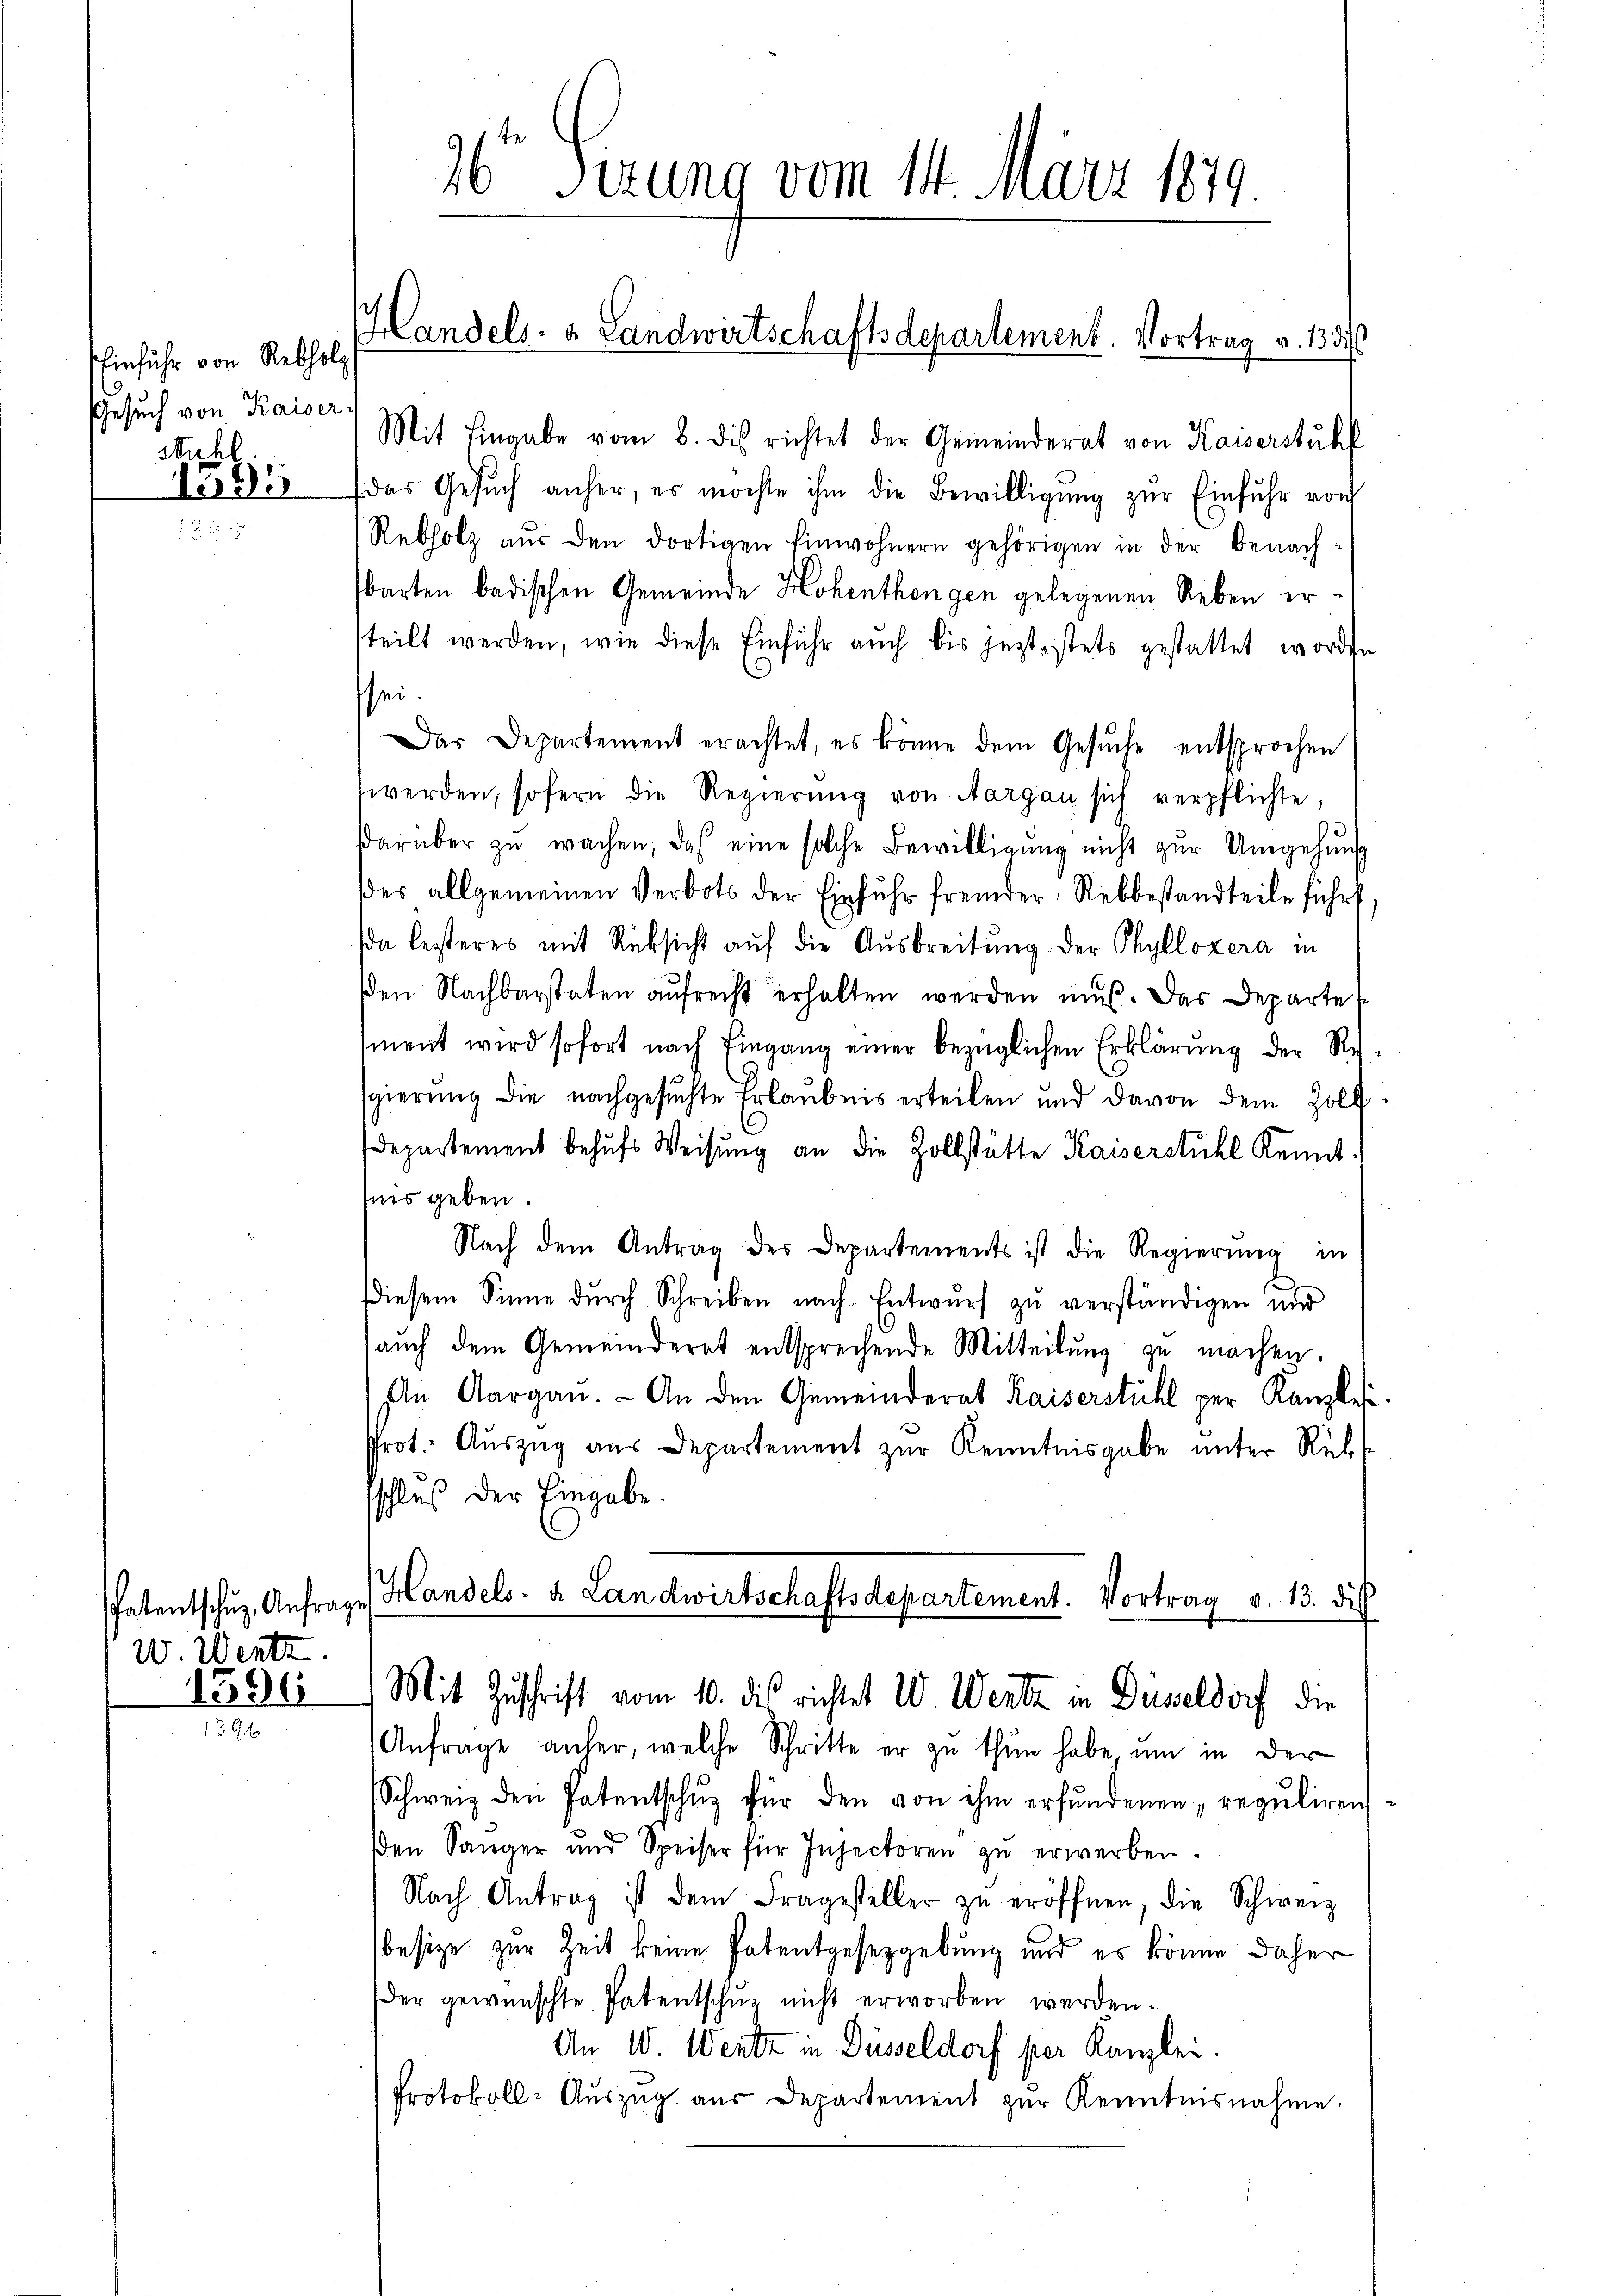
Einfuhr von Rebholz
Gesuch von Kaiser
Muhl

1395

Patentschuz, Anfrage
W. Wentz.
1596

1394

sei.

26 Sizung vom 14. März 1819.

Handels- & Landwirtschaftsdepartement. Vortrag v. 133

Mit Eingabe vom 8. dis richtet der Gemeinderat von Kaiserstuhl
das Gesŭch anher, es möchte ihm die Bewilligŭng zŭr Einfuhr von
Rebholz aŭs den dortigen Einwohnern gehörigen in der Benach-
barten badischen Gemeinde Hohenthengen gelegenen Reben erteilt werden, wie diese Einfuhr auch bis jetzt, stets gestattet worden
Der Departement erachtet, es könne dem Gesŭche entsprochen
werden, sofern die Regierŭng von Aargau sich verpflichte,
darüber zŭ wachen, daß eine solche Bewilligŭng nicht zŭr Umgehung
des allgemeinen Verbots der Einfuhr fremder Rebbestandteile führt
da besteres mit Rücksicht aŭf die Ausbreitung der Phyllozera in
den Nachbarstaten aufrecht erhalten werden muß. Das Departe
ment wird sofort nach Eingang einer bezüglichen Erklärung der Re-
sgierung die nachgesuchte Erlaubnis erteilen und davon dem Zoll¬
Departement behufs Weisung an die Zollstätte Kaiserstuhl Kennt.
ins geben.
Nach dem Antrag des Departements ist die Regierŭng in
Diesem Sinne dŭrch Schreiben nach Entwurf zu verständigen und
auch dem Gemeinderat entsprechende Mitteilung zu machen.
n Aargau. An den Gemeinderat Kaiserstühl per Kanzles
Prot. Aŭszŭg aŭs Departement zur Kenntnisgabe unter Rück
sschluß der Eingabe.
Handels- & Landwirtschaftsdepartement. Vortrag v. 13. de
Mit Zuschrift vom 10. dis richtet W. Wentz in Düsseldorf die
Anfrage anher, welche Schritte er zŭ thŭn habe, ŭm in der
Schweiz den Patentschŭz für den von ihm erfundenen „reguliren
en Sänger und Speiser für Insectoren zŭ erwerben.
Nach Antrag ist dem Fragesteller zŭ eröffnen, die Schweiz
besize zur Zeit keine Patentgesetzgebung und es könne daher
der gewünschte Patentschaz nicht erworben werden.
An W. Wentz in Düsseldorf per Kanzlei.
Protokoll-Aŭszŭg aŭs Departement zŭr Kenntnisnahme.

7